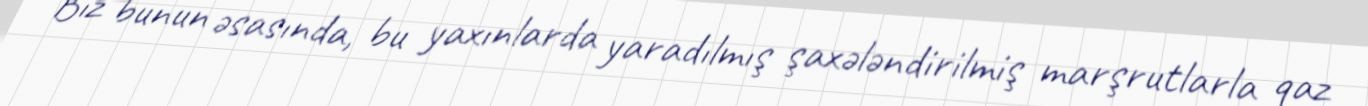
Biz bunun əsasında, bu yaxınlarda yaradılmış şaxələndirilmiş marşrutlarla qaz